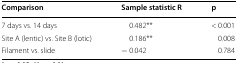
| Comparison | Sample statistic R | p |
 | --- | --- | --- |
 | 7 days vs. 14 days | 0.482** | < 0.001 |
 | Site A (lentic) vs. Site B (lotic) | 0.186** | 0.008 |
 | Filament vs. slide | − 0.042 | 0.784 |